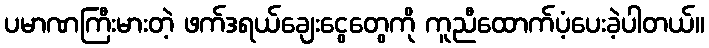
ပမာဏကြီးမားတဲ့ ဖက်ဒရယ်ချေးငွေတွေကို ကူညီထောက်ပံ့ပေးခဲ့ပါတယ်။